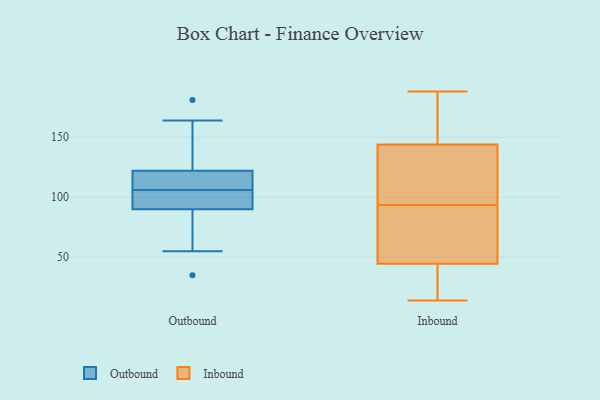
{"axis": {"x": "Website Visitors", "y": "Value"}, "legend": ["Inbound", "Outbound"], "data": [{"x": "", "y": 181, "type": "Outbound"}, {"x": "", "y": 106, "type": "Outbound"}, {"x": "", "y": 122, "type": "Outbound"}, {"x": "", "y": 106, "type": "Outbound"}, {"x": "", "y": 35, "type": "Outbound"}, {"x": "", "y": 112, "type": "Outbound"}, {"x": "", "y": 164, "type": "Outbound"}, {"x": "", "y": 55, "type": "Outbound"}, {"x": "", "y": 111, "type": "Outbound"}, {"x": "", "y": 90, "type": "Outbound"}, {"x": "", "y": 81, "type": "Outbound"}, {"x": "", "y": 96, "type": "Outbound"}, {"x": "", "y": 123, "type": "Outbound"}, {"x": "", "y": 96, "type": "Outbound"}, {"x": "", "y": 75, "type": "Inbound"}, {"x": "", "y": 157, "type": "Inbound"}, {"x": "", "y": 14, "type": "Inbound"}, {"x": "", "y": 131, "type": "Inbound"}, {"x": "", "y": 188, "type": "Inbound"}, {"x": "", "y": 53, "type": "Inbound"}, {"x": "", "y": 64, "type": "Inbound"}, {"x": "", "y": 112, "type": "Inbound"}, {"x": "", "y": 116, "type": "Inbound"}, {"x": "", "y": 174, "type": "Inbound"}, {"x": "", "y": 36, "type": "Inbound"}, {"x": "", "y": 15, "type": "Inbound"}]}